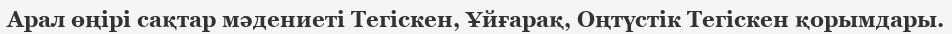
Арал өңірі сақтар мәдениеті Тегіскен, Ұйғарақ, Оңтүстік Тегіскен қорымдары.